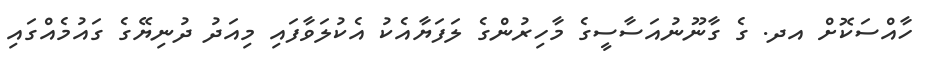
ހާއްސަކޮށް އދ. ގެ ގާނޫނުއަސާސީގެ މާހިރުންގެ ލަފަޔާއެކު އެކުލަވާފައި މިއަދު ދުނިޔޭގެ ގައުމެއްގައި